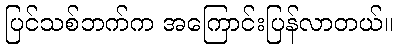
ပြင်သစ်ဘက်က အကြောင်းပြန်လာတယ်။